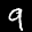
Label: 9